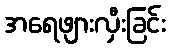
အရေဖျားလှီးခြင်း